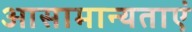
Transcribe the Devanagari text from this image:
आसामान्यताएं